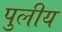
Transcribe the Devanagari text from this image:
पुलीय